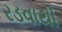
રડવાથી